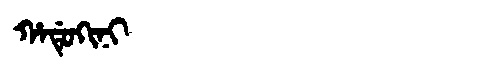
Manchu: ᡥᠠᡩᡠᡴᡳᠨᡳ
Romanization: HADUKINI